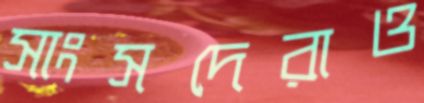
সাংসদেরাও